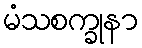
မံသစက္ခုနာ